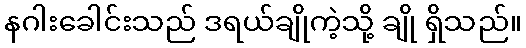
နဂါးခေါင်းသည် ဒရယ်ချိုကဲ့သို့ ချို ရှိသည်။